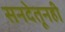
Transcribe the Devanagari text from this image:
सनदेतूनही